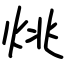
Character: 烑